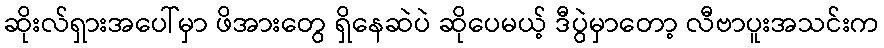
ဆိုးလ်ရှားအပေါ်မှာ ဖိအားတွေ ရှိနေဆဲပဲ ဆိုပေမယ့် ဒီပွဲမှာတော့ လီဗာပူးအသင်းက